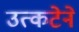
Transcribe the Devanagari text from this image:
उत्कटेने